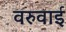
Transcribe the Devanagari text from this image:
वरुवाई